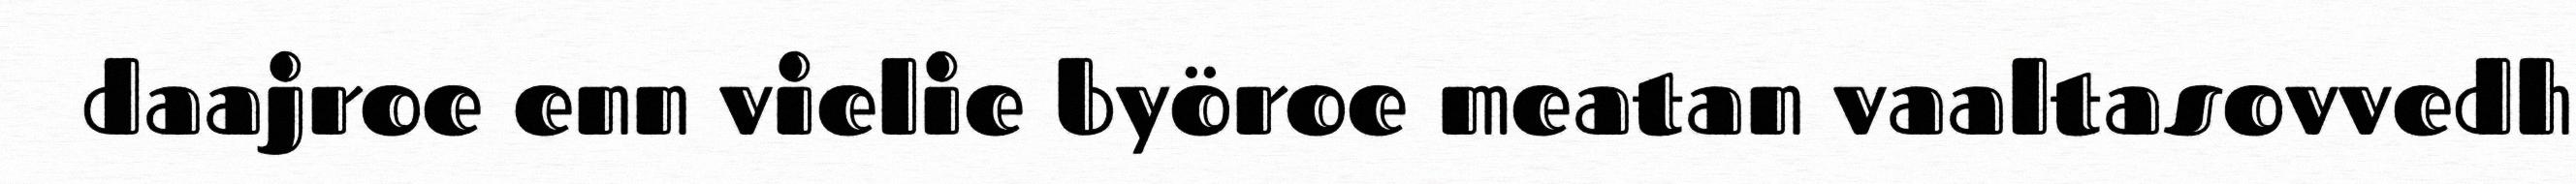
daajroe enn vielie byöroe meatan vaaltasovvedh